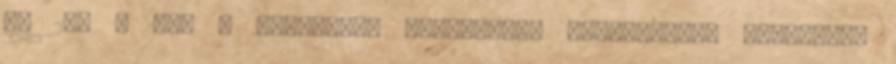
e. 200 – 800 – kerámiák, szőttesek, vonalrajzok jellemzik